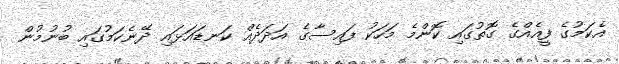
އެކަމުގެ ފީއެއްގެ ގޮތުގައި ކޮންމެ މަހަކު ފައިސާގެ އަދަދެއް ކަނޑައަޅައި ދޭނެކަމުގައި ބުނުމުން